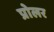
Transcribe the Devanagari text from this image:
प्रोलर